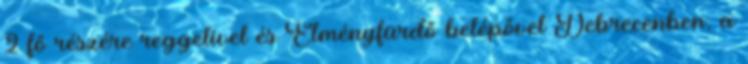
2 fő részére reggelivel és Élményfürdő belépővel Debrecenben, a